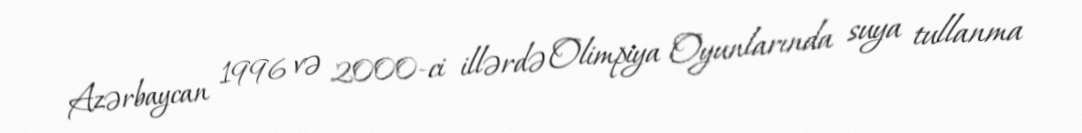
Azərbaycan 1996 və 2000-ci illərdə Olimpiya Oyunlarında suya tullanma